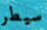
سيطر